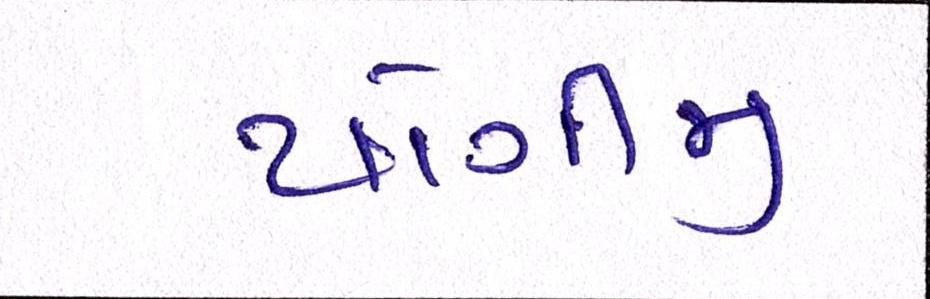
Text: યોગીજી